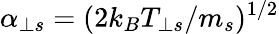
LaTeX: \alpha_{\perp s}=(2k_{B}T_{\perp s}/m_{s})^{1/2}